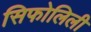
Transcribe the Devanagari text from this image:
सिफोलिली